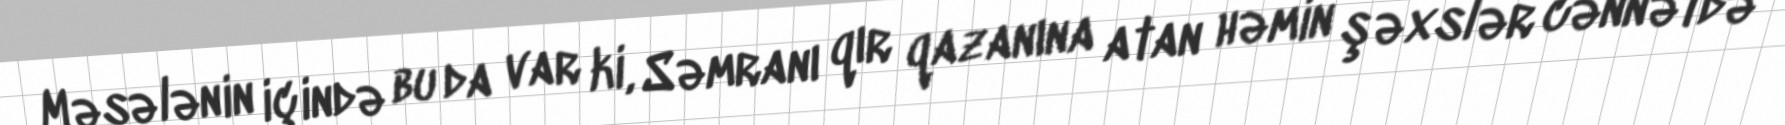
Məsələnin içində bu da var ki, Səmranı qır qazanına atan həmin şəxslər cənnətdə